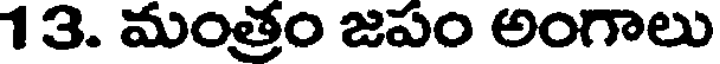
13. మంత్రం జపం అంగాలు